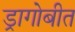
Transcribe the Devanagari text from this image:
ड्रागोबीत